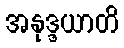
အနုဒ္ဒယာတိ